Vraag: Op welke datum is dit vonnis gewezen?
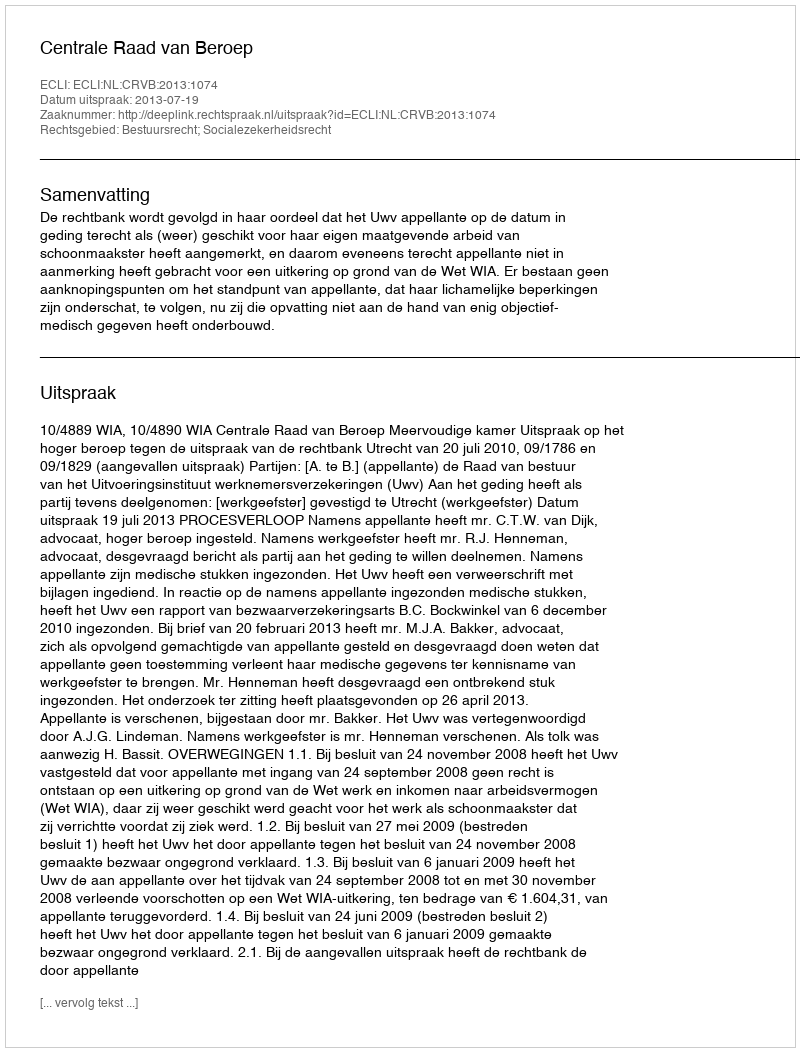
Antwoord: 2013-07-19